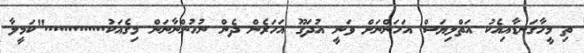
ތި މީހާގަނޑާއިއެކު އަތްލިޔަސް އަހަންނަށް ވަނީ އުދަގޫ އަހަރެން ދެން ނުހުންނާނަން މިގެއަކު............."ކަމީލާ